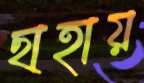
ছাহায়